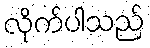
လိုက်ပါသည်